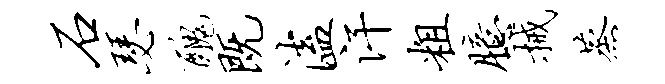
石瑟丑既溘汗粗臆械蒸